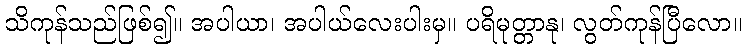
သိကုန်သည်ဖြစ်၍။ အပါယာ၊ အပါယ်လေးပါးမှ။ ပရိမုတ္တာနု၊ လွတ်ကုန်ပြီလော။